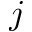
j